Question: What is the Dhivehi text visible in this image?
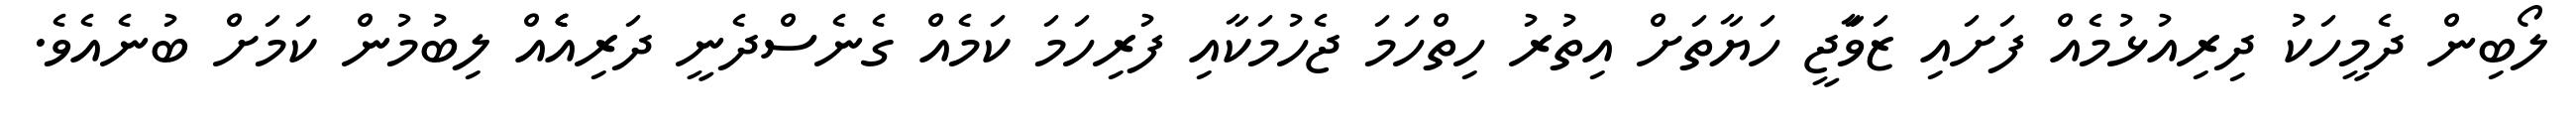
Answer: ލޯބިން ދެމީހަކު ދިރިއުޅުމެއް ފަށައި ޒަވަާޖީ ހަޔާތަށް އިތުރު ހިތްހަމަ ޖެހުމަކާއި ފުރިހަމަ ކަމެއް ގެނެސްދެނީ ދަރިއެެެއް ލިބުމުން ކަމަށް ބުނެއެވެ.